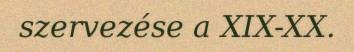
szervezése a XIX-XX.